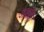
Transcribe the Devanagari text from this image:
अवति